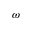
\omega